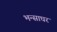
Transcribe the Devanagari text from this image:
भन्साघर